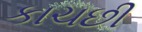
કાચછી